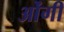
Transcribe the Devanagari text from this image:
ओंगी